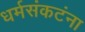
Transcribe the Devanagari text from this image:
धर्मसंकटंना